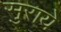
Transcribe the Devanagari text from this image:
सुराये